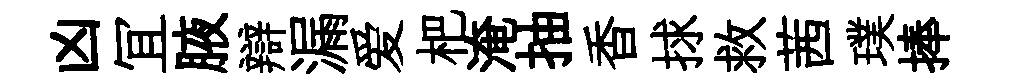
凶冝腋辯漏爱杷淹抽香捄救茜璞捧